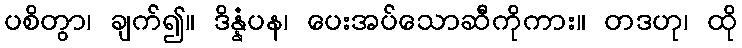
ပစိတွာ၊ ချက်၍။ ဒိန္နံပန၊ ပေးအပ်သောဆီကိုကား။ တဒဟု၊ ထို